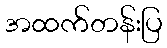
အထက်တန်းပြ